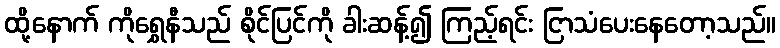
ထို့နောက် ကိုရွှေနီသည် စိုင်ပြင်ကို ခါးဆန့်၍ ကြည့်ရင်း ငြာသံပေးနေတော့သည်။